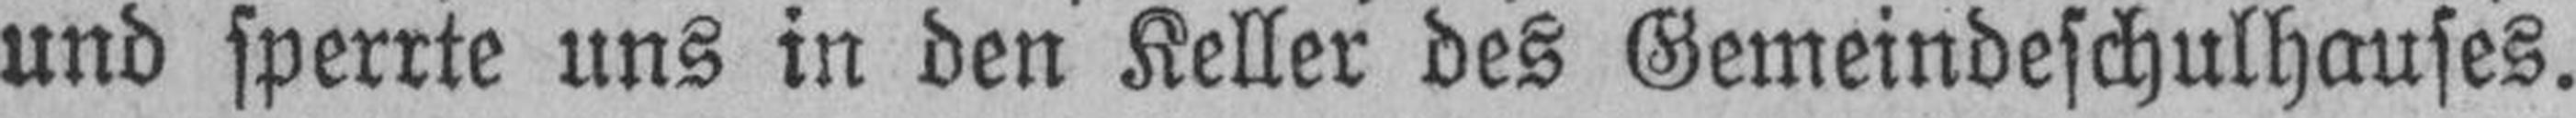
und sperrte uns in den Keller des Gemeindeschulhauses.